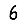
Digit: 6